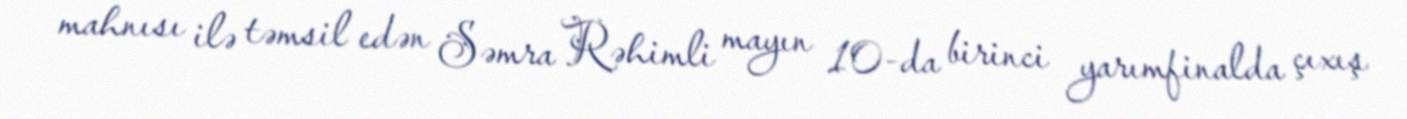
mahnısı ilə təmsil edən Səmra Rəhimli mayın 10-da birinci yarımfinalda çıxış